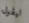
ليقول